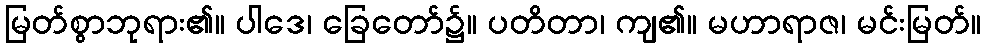
မြတ်စွာဘုရား၏။ ပါဒေ၊ ခြေတော်၌။ ပတိတာ၊ ကျ၏။ မဟာရာဇ၊ မင်းမြတ်။